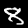
Digit: 8